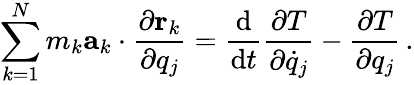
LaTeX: \sum_{k=1}^{N}m_{k}\mathbf{a}_{k}\cdot{\frac{\partial\mathbf{r}_{k}}{\partial q_{j}}}={\frac{\mathrm{d}}{\mathrm{d}t}}{\frac{\partial T}{\partial{\dot{q}}_{j}}}-{\frac{\partial T}{\partial q_{j}}}\, .